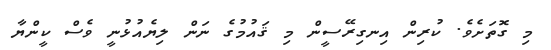
މި ގޮތަށެވެ. ކުރިން އިނގިރޭސީން މި ޤައުމުގެ ނަން ލިޔެއުޅުނީ ވެސް ކީންޔާ